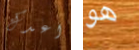
اعدك هو